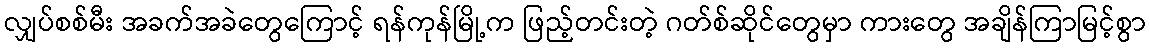
လျှပ်စစ်မီး အခက်အခဲတွေကြောင့် ရန်ကုန်မြို့က ဖြည့်တင်းတဲ့ ဂတ်စ်ဆိုင်တွေမှာ ကားတွေ အချိန်ကြာမြင့်စွာ